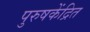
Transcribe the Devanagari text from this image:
पुरुषकेंद्रित